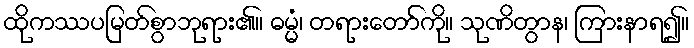
ထိုကဿပမြတ်စွာဘုရား၏။ ဓမ္မံ၊ တရားတော်ကို။ သုဏိတွာန၊ ကြားနာရ၍။